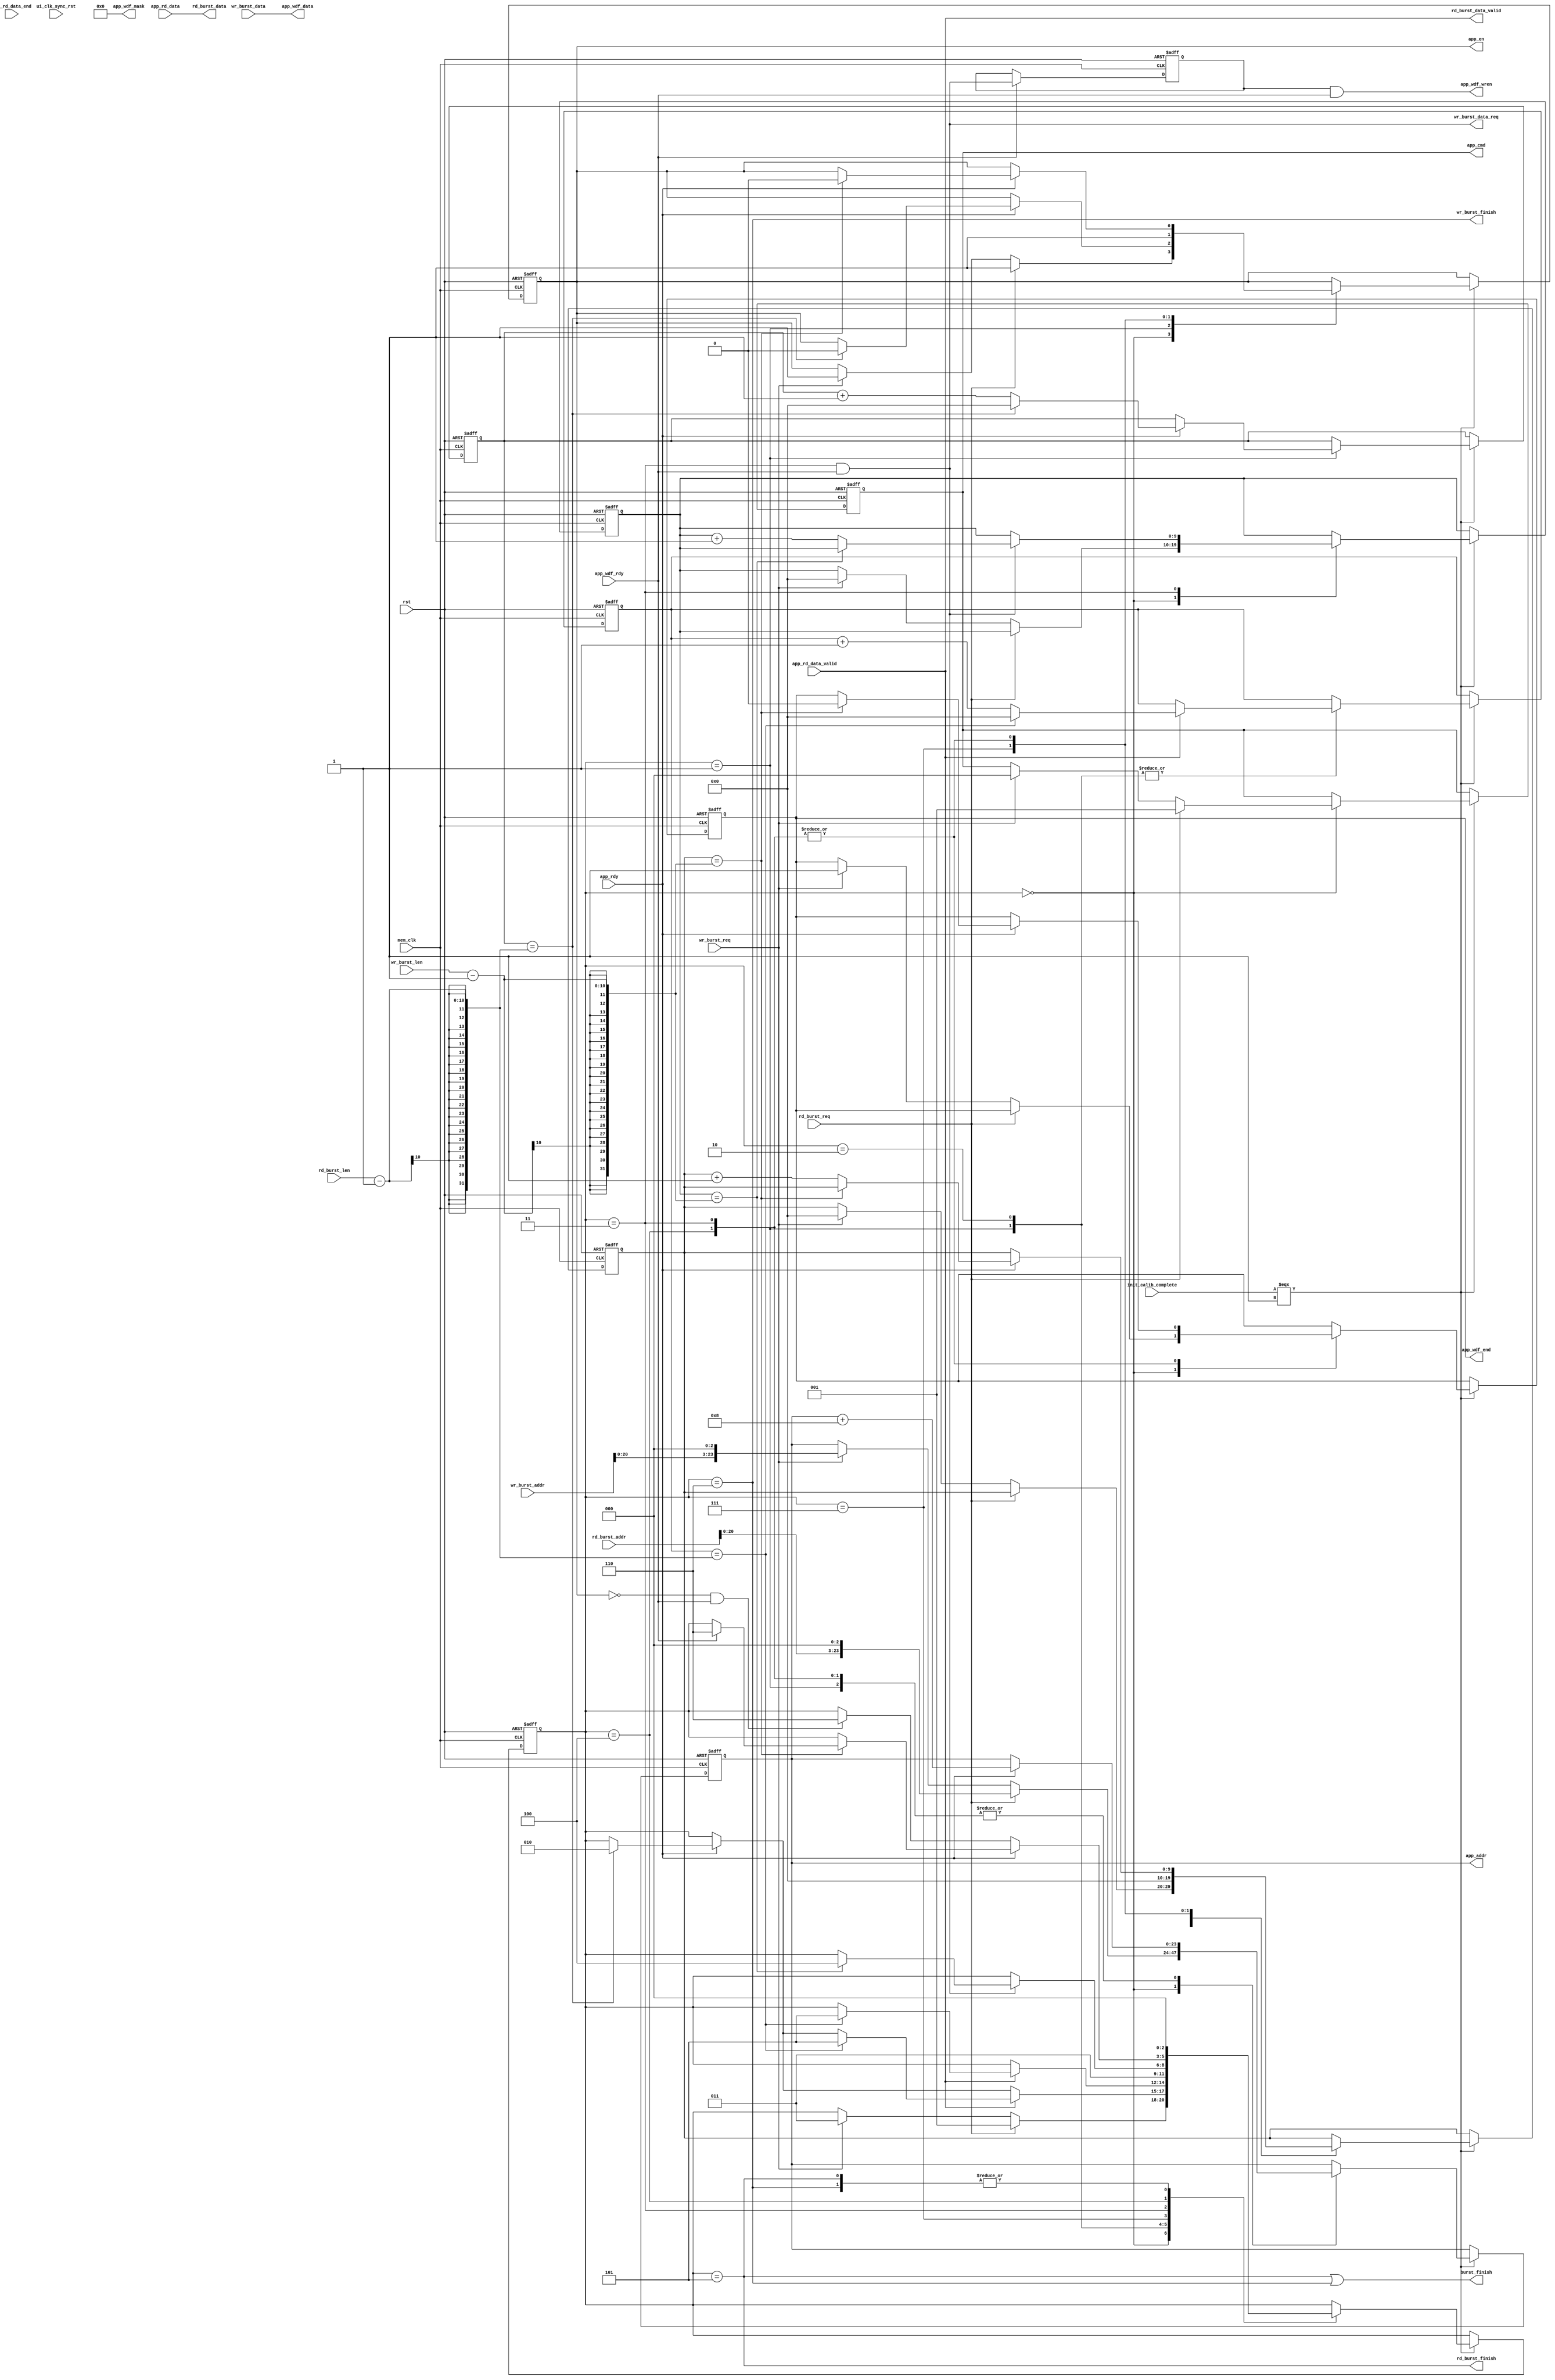
//
//by 

module mem_burst
#(
parameter                                 MEM_DATA_BITS     =   64,
parameter                                 ADDR_BITS         =   24
)
(
input                                       rst,                            //reset
input                                       mem_clk,                        //clock
input                                       rd_burst_req,                   //read burst request
input                                       wr_burst_req,                   //write burst request
input[9:0]                                  rd_burst_len,                   //read burst length
input[9:0]                                  wr_burst_len,                   //write burst length
input[ADDR_BITS - 1:0]                      rd_burst_addr,                  //read burst address
input[ADDR_BITS - 1:0]                      wr_burst_addr,                  //write burst address
output                                      rd_burst_data_valid,            //read burst data valid
output                                      wr_burst_data_req,              // write burst data request
output[MEM_DATA_BITS - 1:0]                 rd_burst_data,                  //read burst data
input[MEM_DATA_BITS - 1:0]                  wr_burst_data,                  //write burst data
output                                      rd_burst_finish,                // read burst finish flag
output                                      wr_burst_finish,                // write burst finish flag
output                                      burst_finish,                   // write burst finish flag
/*************************************************************************
// xilinx MIG IP application interface ports
****************************************************************************/
output[ADDR_BITS-1:0]                       app_addr,
output[2:0]                                 app_cmd,
output                                      app_en,
output [MEM_DATA_BITS-1:0]                  app_wdf_data,
output                                      app_wdf_end,
output [MEM_DATA_BITS/8-1:0]                app_wdf_mask,
output                                      app_wdf_wren,
input [MEM_DATA_BITS-1:0]                   app_rd_data,
input                                       app_rd_data_end,
input                                       app_rd_data_valid,
input                                       app_rdy,
input                                       app_wdf_rdy,
input                                       ui_clk_sync_rst,  
input                                       init_calib_complete
);
assign app_wdf_mask = {MEM_DATA_BITS/8{1'b0}};
/*************************************************************************
Define the state of the state machine
****************************************************************************/
localparam      IDLE                    =   3'd0;
localparam      MEM_READ                =   3'd1;
localparam      MEM_READ_WAIT           =   3'd2;
localparam      MEM_WRITE               =   3'd3;
localparam      MEM_WRITE_WAIT          =   3'd4;
localparam      READ_END                =   3'd5;
localparam      WRITE_END               =   3'd6;
localparam      MEM_WRITE_FIRST_READ    =   3'd7;

reg[2:0]                                    state;	
reg[9:0]                                    rd_addr_cnt;                    //read address count
reg[9:0]                                    rd_data_cnt;                    //read data count
reg[9:0]                                    wr_addr_cnt;                    //write address count
reg[9:0]                                    wr_data_cnt;                    //write data count

reg[2:0]                                    app_cmd_r;
reg[ADDR_BITS-1:0]                          app_addr_r;
reg                                         app_en_r;
reg                                         app_wdf_end_r;
reg                                         app_wdf_wren_r;
assign app_cmd = app_cmd_r;
assign app_addr = app_addr_r;
assign app_en = app_en_r;
assign app_wdf_end = app_wdf_end_r;
assign app_wdf_data = wr_burst_data;
assign app_wdf_wren = app_wdf_wren_r & app_wdf_rdy;
assign rd_burst_finish = (state == READ_END);
assign wr_burst_finish = (state == WRITE_END);
assign burst_finish = rd_burst_finish | wr_burst_finish;

assign rd_burst_data = app_rd_data;
assign rd_burst_data_valid = app_rd_data_valid;

assign wr_burst_data_req = (state == MEM_WRITE) & app_wdf_rdy ;

always@(posedge mem_clk or posedge rst)
begin
	if(rst)
	begin
		app_wdf_wren_r <= 1'b0;
	end
	else if(app_wdf_rdy)
		app_wdf_wren_r <= wr_burst_data_req;
end
/*************************************************************************
Generate read and write burst state machine
****************************************************************************/
always@(posedge mem_clk or posedge rst)
begin
	if(rst)
	begin
		state <= IDLE;
		app_cmd_r <= 3'b000;
		app_addr_r <= 0;
		app_en_r <= 1'b0;
		rd_addr_cnt <= 0;
		rd_data_cnt <= 0;
		wr_addr_cnt <= 0;
		wr_data_cnt <= 0;
		app_wdf_end_r <= 1'b0;
	end
	else if(init_calib_complete ===  1'b1)//Jump to read and write state machine when ddr initialization completed
	begin
		case(state)
			IDLE:
			begin
				if(rd_burst_req)//jump to MEM_READ state when rd_burst_req is high
				begin
					state <= MEM_READ;
					app_cmd_r <= 3'b001;
					app_addr_r <= {rd_burst_addr,3'd0};
					app_en_r <= 1'b1;
				end
				else if(wr_burst_req)//jump to MEM_WRITE state when wr_burst_req is high
				begin
					state <= MEM_WRITE;
					app_cmd_r <= 3'b000;
					app_addr_r <= {wr_burst_addr,3'd0};
					app_en_r <= 1'b1;
					wr_addr_cnt <= 0;
					app_wdf_end_r <= 1'b1;
					wr_data_cnt <= 0;
				end
			end
			MEM_READ:
			begin
				if(app_rdy)
				begin
					app_addr_r <= app_addr_r + 8;
					if(rd_addr_cnt == rd_burst_len - 1)//wait after reading burst address end
					begin
						state <= MEM_READ_WAIT;
						rd_addr_cnt <= 0;
						app_en_r <= 1'b0;
					end
					else
						rd_addr_cnt <= rd_addr_cnt + 1;//read address count
				end
				
				if(app_rd_data_valid)
				begin
					if(rd_data_cnt == rd_burst_len - 1)
					begin
						rd_data_cnt <= 0;
						state <= READ_END;
					end
					else
					begin
						rd_data_cnt <= rd_data_cnt + 1;//read data count
					end
				end
			end
			MEM_READ_WAIT:
			begin
				if(app_rd_data_valid)
				begin
					if(rd_data_cnt == rd_burst_len - 1)//jump to READ_END state 
					begin
						rd_data_cnt <= 0;
						state <= READ_END;
					end
					else
					begin
						rd_data_cnt <= rd_data_cnt + 1;//data count
					end
				end
			end
			MEM_WRITE_FIRST_READ:
			begin
				app_en_r <= 1'b1;
				state <= MEM_WRITE;
				wr_addr_cnt <= 0;
			end
			MEM_WRITE:
			begin
				if(app_rdy)
				begin
					app_addr_r <= app_addr_r + 'b1000;
					if(wr_addr_cnt == wr_burst_len - 1)// write burst address end
					begin
						app_wdf_end_r <= 1'b0;
						app_en_r <= 1'b0;
					end
					else
					begin
						wr_addr_cnt <= wr_addr_cnt + 1;//write address count
					end
				end
					
				if(wr_burst_data_req)
				begin
					
					if(wr_data_cnt == wr_burst_len - 1)
					begin
						state <= MEM_WRITE_WAIT;
					end
					else
					begin
						wr_data_cnt <= wr_data_cnt + 1;//write data count
					end
				end
				
			end
			READ_END:
				state <= IDLE;
			MEM_WRITE_WAIT:
			begin
				if(app_rdy)
				begin
					app_addr_r <= app_addr_r + 'b1000;
					if(wr_addr_cnt == wr_burst_len - 1)//wait after writing burst address end
					begin
						app_wdf_end_r <= 1'b0;
						app_en_r <= 1'b0;
						if(app_wdf_rdy) 
							state <= WRITE_END;
					end
					else
					begin
						wr_addr_cnt <= wr_addr_cnt + 1;
					end
				end
				else if(~app_en_r & app_wdf_rdy)
					state <= WRITE_END;				
			end
			WRITE_END:
				state <= IDLE;
			default:
				state <= IDLE;
		endcase
	end
end
endmodule 

//